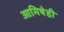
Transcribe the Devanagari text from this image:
आमिषेही